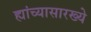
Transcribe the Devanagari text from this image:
ह्यांच्यासारख्ये